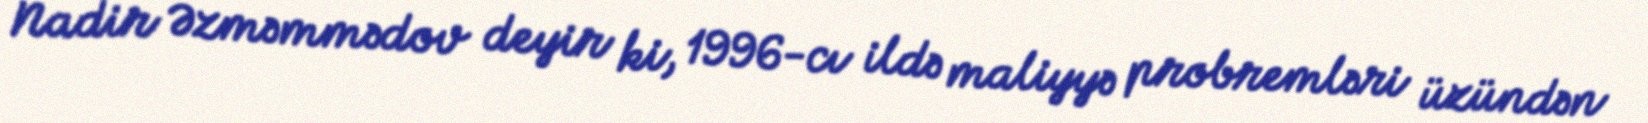
Nadir Əzməmmədov deyir ki, 1996-cı ildə maliyyə probremləri üzündən